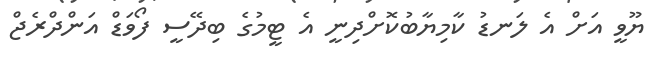
ޔޫވީ އަށް އެ ލަނޑު ކާމިޔާބުކޮށްދިނީ އެ ޓީމުގެ ބިދޭސީ ފޯވަޑް އަންދްރެޖް